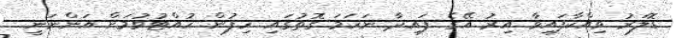
ޑޮލަރު ވިއްކާފައިވާ އިރު އޭގެ ފައިދާ ނަހަމަ ގޮތުގައި ހިފުން ހުއްޓުވުމަށް އަންނަނީ